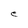
Character: e